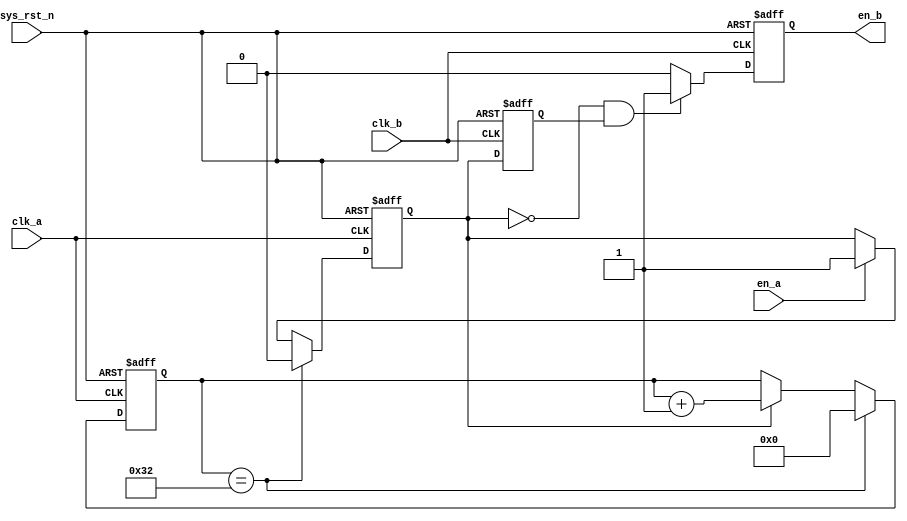
`timescale  1ns/1ns
////////////////////////////////////////////////////////////////////////
// Module Name   : cross_clk
// Project Name  : da
// Target Devices: Altera EP4CE10F17C8N
// Tool Versions : Quartus 13.0
// Description   : 
//
// Revision      : V1.0
// Additional Comments:
// 
// : _Pro_FPGA
//     : http://www.embedfire.com
//     : http://www.firebbs.cn
//     : https://fire-stm32.taobao.com
////////////////////////////////////////////////////////////////////////

module  cross_clk
(
    input   wire            clk_a       ,   //a
    input   wire            clk_b       ,   //b
    input   wire            sys_rst_n   ,   //
    input   wire            en_a        ,   //a

    output  reg             en_b            //b
);
//********************************************************************//
//****************** Parameter and Internal Signal *******************//
//********************************************************************//
//parameter define
parameter   CNT_MAX = 16'd50;   //

//reg   define
reg     [15:0]  cnt         ;   //
reg             en_a_valid  ;   //a
reg             en_a_valid_r;   //a

//********************************************************************//
//***************************** Main Code ****************************//
//********************************************************************//
//en_a_valid:a
always@(posedge  clk_a or  negedge sys_rst_n)
    if(sys_rst_n == 1'b0)
        en_a_valid  <=  1'b0;
    else    if(cnt == CNT_MAX)
        en_a_valid  <=  1'b0;
    else    if(en_a == 1'b1)
        en_a_valid  <=  1'b1;
    else
        en_a_valid  <=  en_a_valid;

//cnt:
always@(posedge  clk_a or  negedge sys_rst_n)
    if(sys_rst_n == 1'b0)
        cnt <=  16'b0;
    else    if(cnt == CNT_MAX)
        cnt <=  16'b0;
    else    if(en_a_valid == 1'b1)
        cnt <=  cnt + 1'b1;

//en_a_valid_r:a
always@(posedge  clk_b or  negedge sys_rst_n)
    if(sys_rst_n == 1'b0)
        en_a_valid_r    <=  1'b0;
    else    
        en_a_valid_r    <=  en_a_valid;

//en_b:b
always@(posedge  clk_b or  negedge sys_rst_n)
    if(sys_rst_n == 1'b0)
        en_b    <=  1'b0;
    else    if((en_a_valid == 1'b0) && (en_a_valid_r == 1'b1))
        en_b    <=  1'b1;
    else
        en_b    <=  1'b0;

endmodule